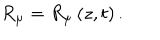
LaTeX: R _ { \mu } = R _ { \mu } \left( z , t \right) .